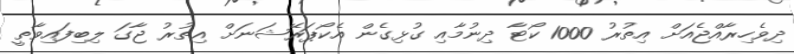
ދިވެހިރާއްޖެއަށް އިތުރު 1000 ކޯޓާ ދިނުމާއި ގުޅިގެން އެކޯޕަރޭޝަނަށް އިތުރު ޖާގަ ލިބިފައިވާތީ